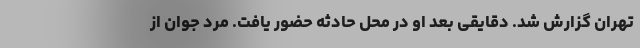
تهران گزارش شد. دقایقی بعد او در محل حادثه حضور یافت. مرد جوان از